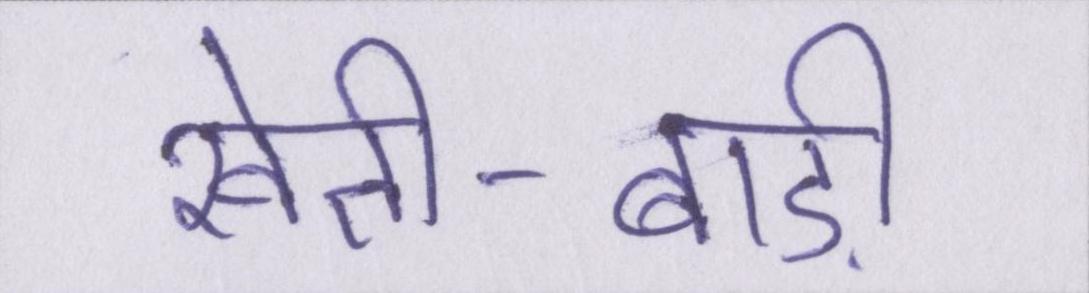
खेती-बाड़ी